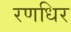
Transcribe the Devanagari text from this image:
रणधिर